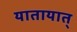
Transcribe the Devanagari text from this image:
यातायात्